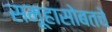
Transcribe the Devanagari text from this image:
समूहासोबतचे